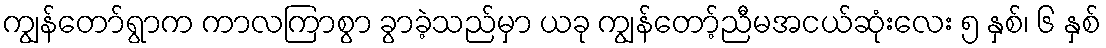
ကျွန်တော်ရွာက ကာလကြာစွာ ခွာခဲ့သည်မှာ ယခု ကျွန်တော့်ညီမအငယ်ဆုံးလေး ၅ နှစ်၊ ၆ နှစ်